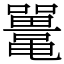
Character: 鼍